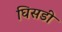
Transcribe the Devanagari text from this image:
घिसडी